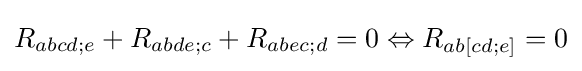
R_{abcd;e}+R_{abde;c}+R_{abec;d}=0\Leftrightarrow R_{ab[cd;e]}=0